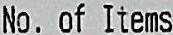
NO. OF ITEMS